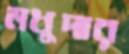
মধুদার